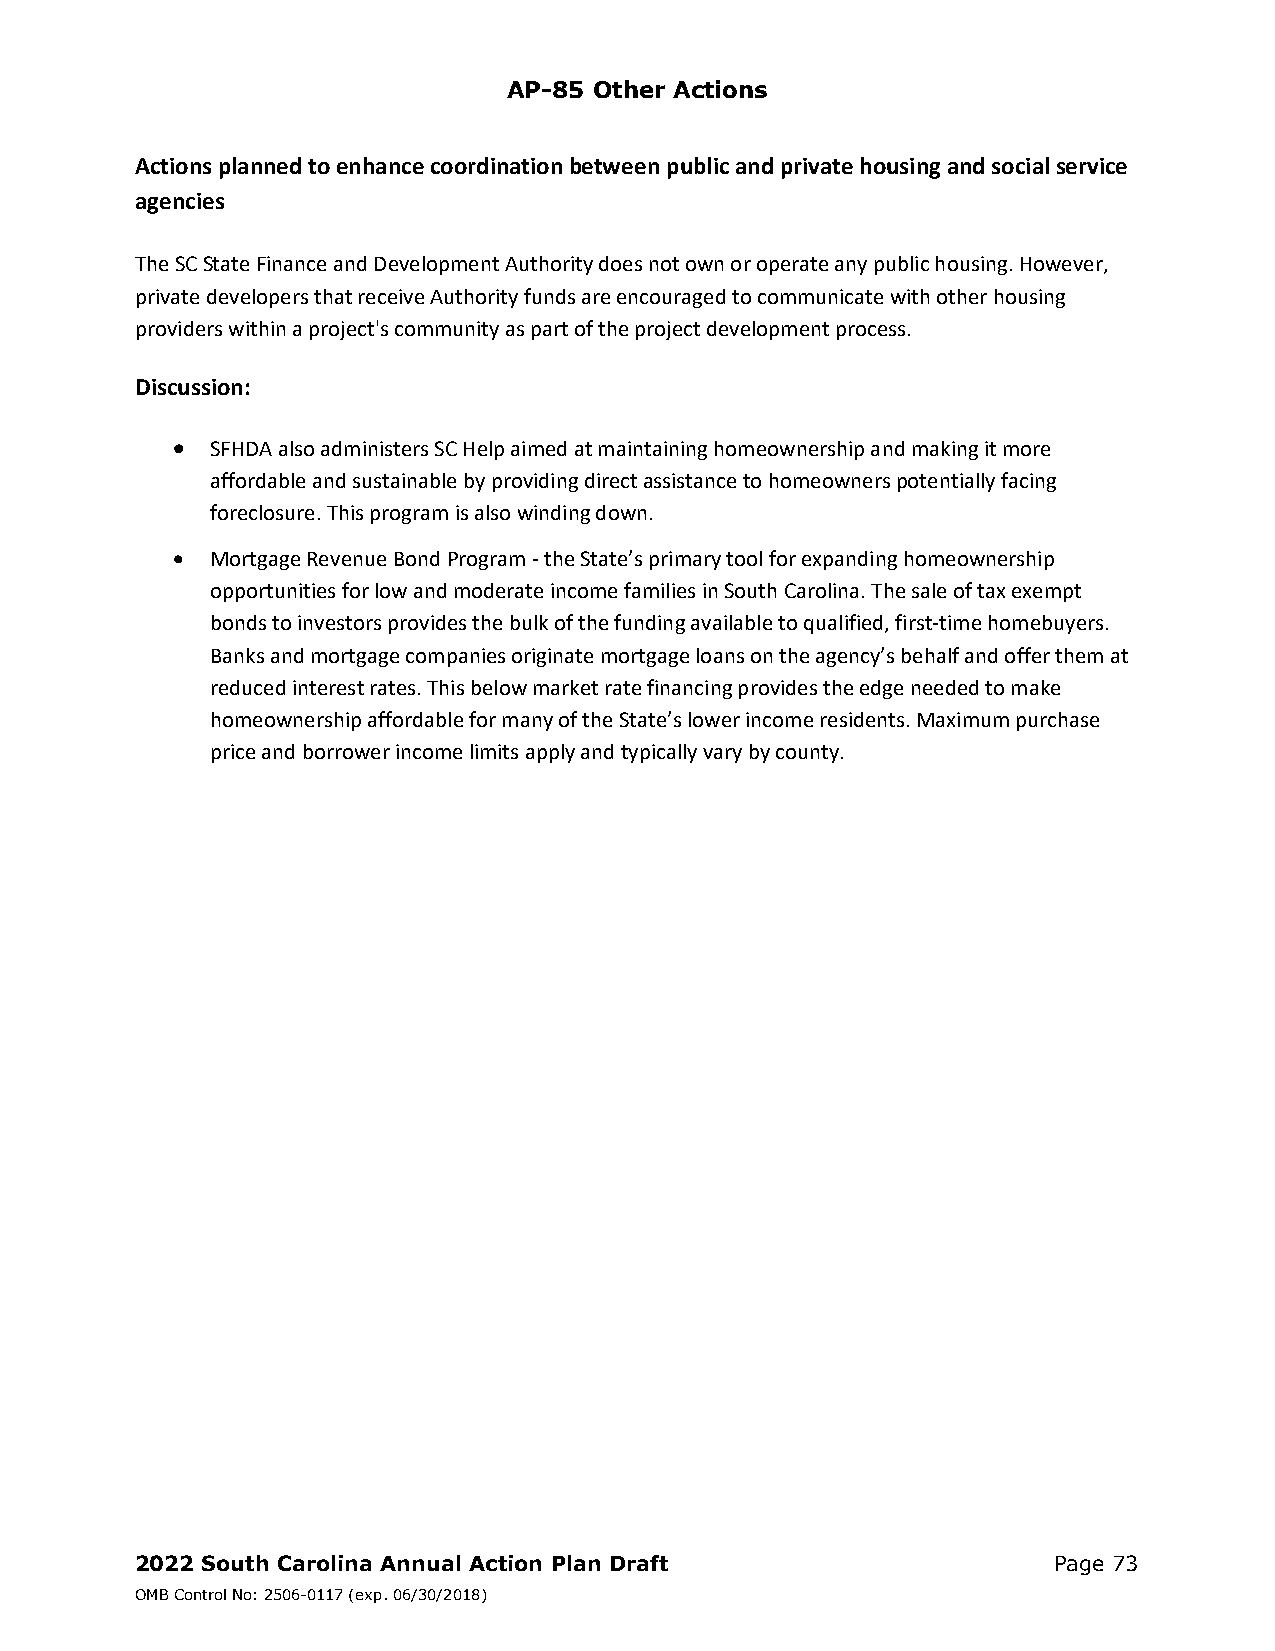
AP-85 Other Actions
 Actions planned to enhance coordination between public and private housing and social service
 agencies
 The SC State Finance and Development Authority does not own or operate any public housing. However,
 private developers that receive Authority funds are encouraged to communicate with other housing
 providers within a project's community as part of the project development process.
 Discussion:
   SFHDA also administers SC Help aimed at maintaining homeownership and making it more
 affordable and sustainable by providing direct assistance to homeowners potentially facing
 foreclosure. This program is also winding down.
   Mortgage Revenue Bond Program ‐ the State’s primary tool for expanding homeownership
 opportunities for low and moderate income families in South Carolina. The sale of tax exempt
 bonds to investors provides the bulk of the funding available to qualified, first‐time homebuyers.
 Banks and mortgage companies originate mortgage loans on the agency’s behalf and offer them at
 reduced interest rates. This below market rate financing provides the edge needed to make
 homeownership affordable for many of the State’s lower income residents. Maximum purchase
 price and borrower income limits apply and typically vary by county.
 2022 South Carolina Annual Action Plan Draft                 Page 73
 OMB Control No: 2506-0117 (exp. 06/30/2018)